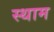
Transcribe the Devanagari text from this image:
स्थाम